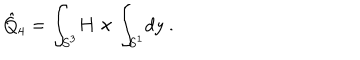
LaTeX: \hat { Q } _ { 4 } = \int _ { S ^ { 3 } } \! H \times \int _ { S ^ { 1 } } \! d y \ .